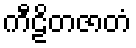
ကီဠိတဇာတံ